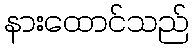
နားထောင်သည်